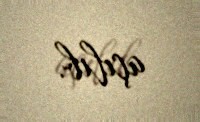
açılıb.